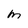
Character: m